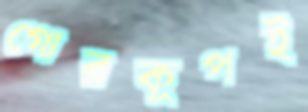
গোরকূপই